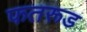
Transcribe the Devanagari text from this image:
फतरूड